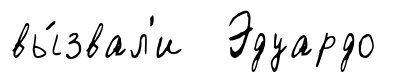
вы́звал'и Эдуардо